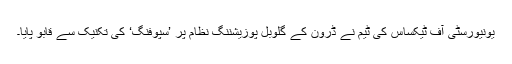
یونیورسٹی آف ٹیکساس کی ٹیم نے ڈرون کے گلوبل پوزیشننگ نظام پر ’سپوفنگ‘ کی تکنیک سے قابو پایا۔